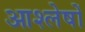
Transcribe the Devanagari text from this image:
आश्लेषों